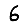
Digit: 6